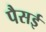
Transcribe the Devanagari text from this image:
पैसई